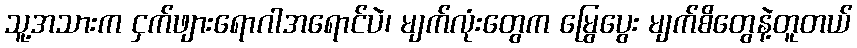
သူ့အသားက ငှက်ဖျားရောဂါအရောင်ပဲ၊ မျက်လုံးတွေက မြွေပွေး မျက်စိတွေနဲ့တူတယ်